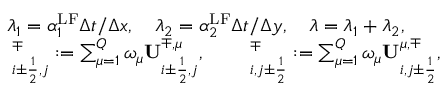
\begin{array} { r l } & { \lambda _ { 1 } = \alpha _ { 1 } ^ { \mathrm { { L F } } } \Delta t / \Delta x , \quad \lambda _ { 2 } = \alpha _ { 2 } ^ { \mathrm { L F } } \Delta t / \Delta y , \quad \lambda = \lambda _ { 1 } + \lambda _ { 2 } , } \\ & { { \bf \Pi } _ { i \pm \frac { 1 } { 2 } , j } ^ { \mp } : = \sum _ { \mu = 1 } ^ { Q } \omega _ { \mu } \mathbf { U } _ { i \pm \frac { 1 } { 2 } , j } ^ { \mp , \mu } , \qquad { \bf \Pi } _ { i , j \pm \frac { 1 } { 2 } } ^ { \mp } : = \sum _ { \mu = 1 } ^ { Q } \omega _ { \mu } \mathbf { U } _ { i , j \pm \frac { 1 } { 2 } } ^ { \mu , \mp } , } \end{array}